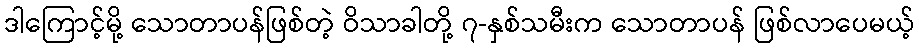
ဒါကြောင့်မို့ သောတာပန်ဖြစ်တဲ့ ဝိသာခါတို့ ၇-နှစ်သမီးက သောတာပန် ဖြစ်လာပေမယ့်